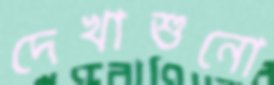
দেখাশুনো